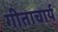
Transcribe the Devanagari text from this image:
गीताचार्य